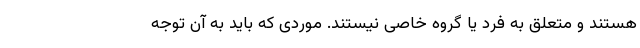
هستند و متعلق به فرد یا گروه خاصی نیستند. موردی که باید به آن توجه